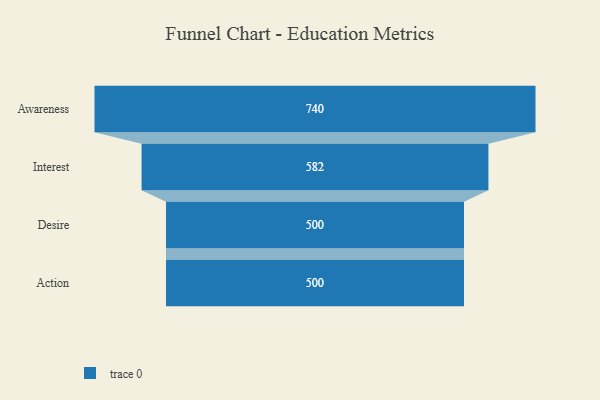
{"axis": {"x": "Stage", "y": "Value"}, "legend": [""], "data": [{"x": "Awareness", "y": 740.0, "type": ""}, {"x": "Interest", "y": 582.0, "type": ""}, {"x": "Desire", "y": 500, "type": ""}, {"x": "Action", "y": 500, "type": ""}]}